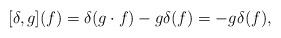
LaTeX: \begin{align*}[\delta,g](f) = \delta(g \cdot f) - g \delta(f) = - g \delta(f),\end{align*}